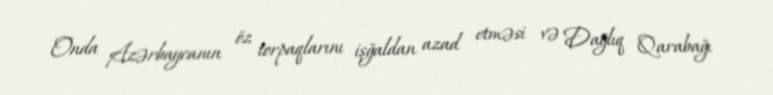
Onda Azərbaycanın öz torpaqlarını işğaldan azad etməsi və Dağlıq Qarabağı